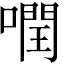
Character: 𠾽